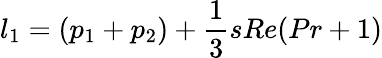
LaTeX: l_{1}=(p_{1}+p_{2})+\frac{1}{3}sRe(Pr+1)